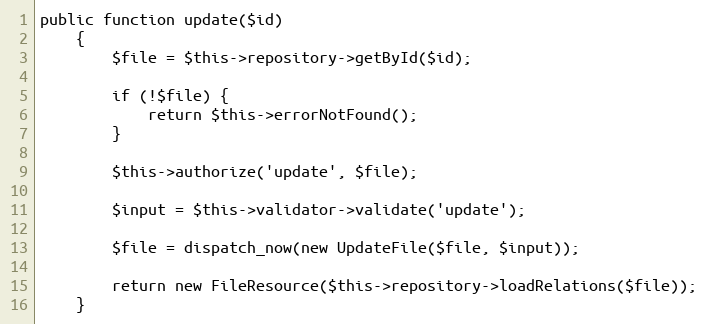
Language: PHP
public function update($id)
    {
        $file = $this->repository->getById($id);

        if (!$file) {
            return $this->errorNotFound();
        }

        $this->authorize('update', $file);

        $input = $this->validator->validate('update');

        $file = dispatch_now(new UpdateFile($file, $input));

        return new FileResource($this->repository->loadRelations($file));
    }